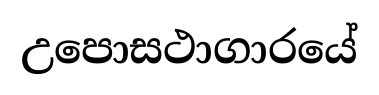
උපොසථාගාරයේ